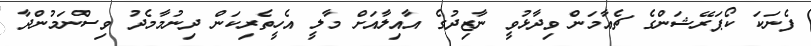
ފެނަކަ ކޯޕަރޭޝަންގެ ޗެއާމަން ވިދާޅުވީ ނާޒިދުގެ އާއިލާއަށް މާލީ އެހީތެރިކަން ދިނުމާމެދު ވިސްނަމުންދާ